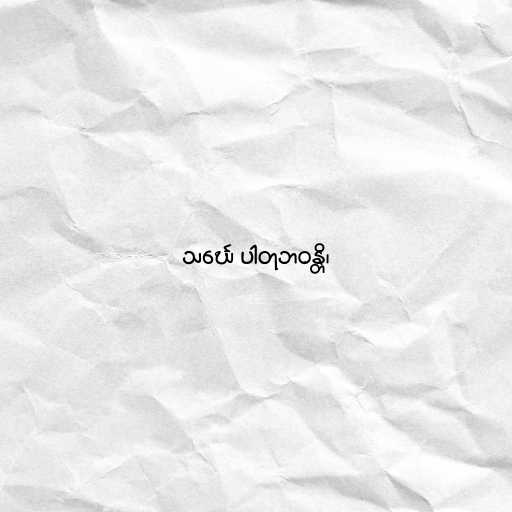
သင်္ဃေ ပါတုဘဝန္တိ၊